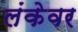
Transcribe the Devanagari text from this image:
लंकेवर